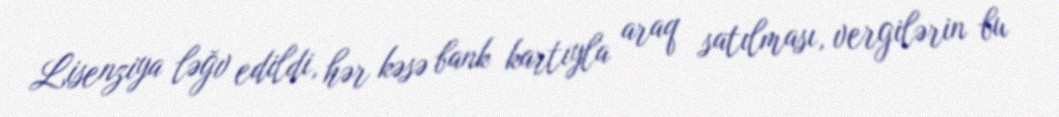
Lisenziya ləğv edildi, hər kəsə bank kartıyla araq satılması, vergilərin bu